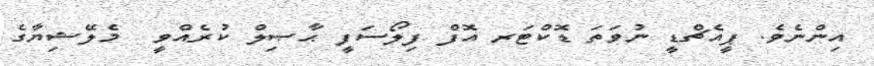
އިންނެވެ. ޕީއެޗްޑީ ނުވަތަ ޑޮކްޓަރ އޮފް ފިލޯސަފީ ޙާޞިލް ކުރެއްވީ  މެލޭޝިޔާގެ